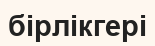
бірлікгері